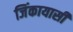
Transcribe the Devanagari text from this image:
जिंकायासी